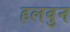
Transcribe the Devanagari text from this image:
हलवुन